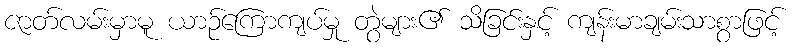
ဇာတ်လမ်းမှာမူ ယာဉ်ကြောကျပ်မှု တွဲများ၏ သိခြင်းနှင့် ကျန်းမာချမ်းသာစွာဖြင့်